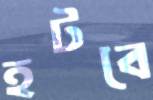
হটবে